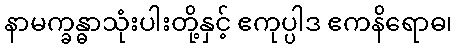
နာမက္ခန္ဓာသုံးပါးတို့နှင့် ဧကုပ္ပါဒ ဧကနိရောဓ၊